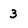
Character: 3